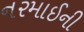
નરમાઈની